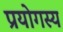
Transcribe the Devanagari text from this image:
प्रयोगस्य